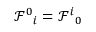
\mathcal { F } ^ { 0 } { } _ { i } = \mathcal { F } ^ { i } { } _ { 0 }